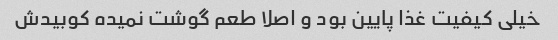
خیلی کیفیت غذا پایین بود و اصلا طعم گوشت نمیده کوبیدش